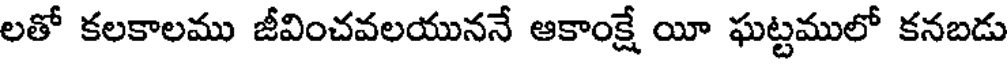
లతో కలకాలము జీవించవలయుననే ఆకాంక్షే యీ ఘట్టములో కనబడు